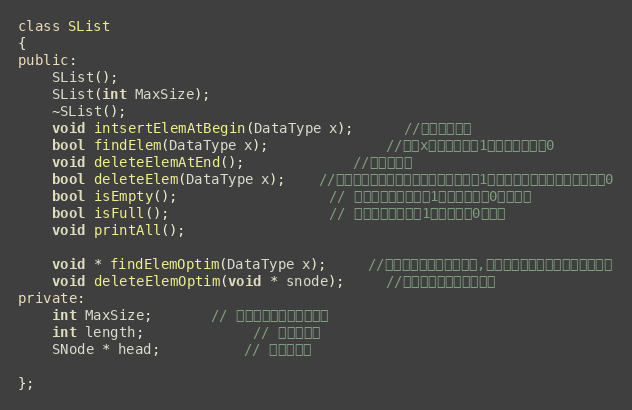
Language: C++
class SList
{
public:
    SList();
    SList(int MaxSize);
    ~SList();
    void intsertElemAtBegin(DataType x);      //头部插入节点
    bool findElem(DataType x);              //查找x，存在则返回1，不存在则返回0
    void deleteElemAtEnd();             //删除尾节点
    bool deleteElem(DataType x);    //删除指定节点，如果存在则删除，返回1，如果不存在，则删除失败返回0
    bool isEmpty();                  // 查看链表是否为空，1表示不为空，0表示为空
    bool isFull();                   // 查看链表是否满，1表示不满，0表示满
    void printAll();

    void * findElemOptim(DataType x);     //针对此应用的优化，查找,返回指定元素的前一个节点的指针
    void deleteElemOptim(void * snode);     //针对此应用的优化，删除
private:
    int MaxSize;       // 链表可以存放最大的数据
    int length;             // 链表的长度
    SNode * head;          // 指向头节点

};